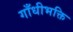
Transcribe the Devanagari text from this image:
गाँधीभक्ति